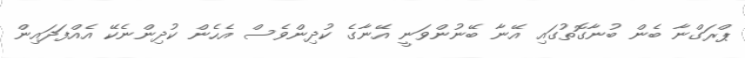
ޕްރަގްނާ ބެން ބުނާގޮތުގައި އޭނާ ބޭނުންވަނީ އޭނާގެ ކުދިންވެސް އެހެން ކުދިންނެކޭ އެއްފަދައިން